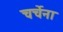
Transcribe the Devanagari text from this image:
चर्चेना